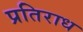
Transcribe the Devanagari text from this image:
प्रतिराध